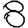
Digit: 8